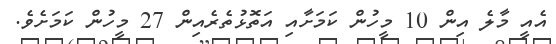
އެއީ މާލެ އިން 10 މީހުން ކަމަށާއި އަތޮޅުތެރެއިން 27 މީހުން ކަމަށެވެ.